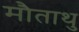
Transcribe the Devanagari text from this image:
मौताथु